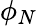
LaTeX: \phi_{N}